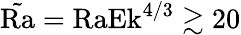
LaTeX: \tilde{\textrm{Ra}}=\textrm{Ra}\textrm{Ek}^{4/3}\gtrsim 20